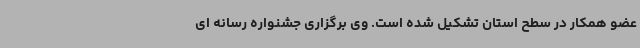
عضو همکار در سطح استان تشکیل شده است. وی برگزاری جشنواره رسانه ای